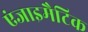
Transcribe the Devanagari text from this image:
एंजाइमैटिक